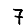
Digit: 7